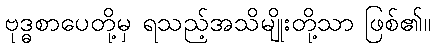
ဗုဒ္ဓစာပေတို့မှ ရသည့်အသိမျိုးတို့သာ ဖြစ်၏။